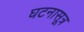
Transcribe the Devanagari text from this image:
घटनासूत्र